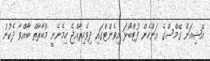
އޭޝިއަން ގޭމްސްގެ އަންހެން ފުޓްބޯޅަ އިވެންޓްގައި ދިވެހިރާއްޖެ ހިމެނެނީ މުބާރާތް ބާއްވާ ދެކުނު